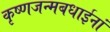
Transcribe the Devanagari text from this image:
कृष्णजन्मबधाईनां